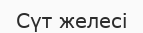
Сүт желесі